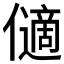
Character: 𠐝